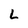
Character: L